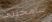
سامحينى